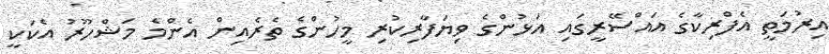
އިރުމަތީ އެފްރިކާގެ އައްސޭރީގައި އަޅުންގެ ވިޔަފާރިކުރި މީހުންގެ ތެރެއިން އެންމެ މަޝްހޫރު އެކަކީ